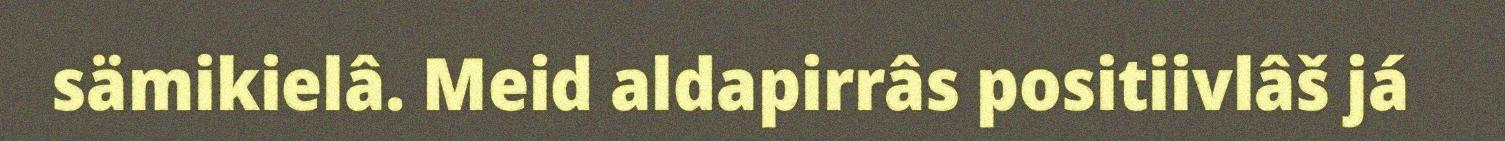
sämikielâ. Meid aldapirrâs positiivlâš já